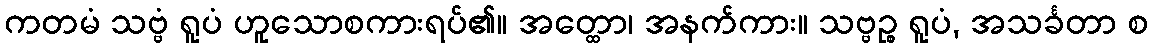
ကတမံ သဗ္ဗံ ရူပံ ဟူသောစကားရပ်၏။ အတ္ထော၊ အနက်ကား။ သဗ္ဗဉ္စ ရူပံ, အသင်္ခတာ စ